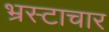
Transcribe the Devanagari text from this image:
भ्रस्टाचार